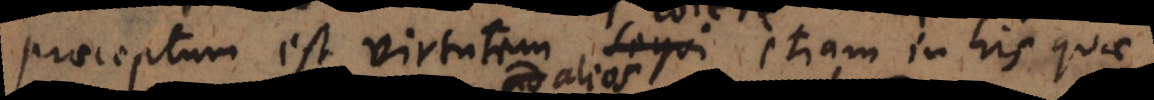
praeceptum est virtutem sequi etiam in his quae